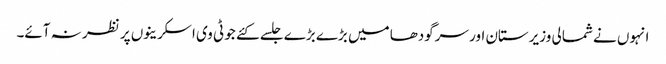
انہوں نے شمالی وزیرستان اور سرگودھا میں بڑے بڑے جلسے کئے جو ٹی وی اسکرینوں پر نظر نہ آئے۔